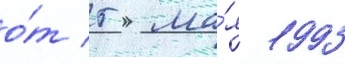
о́т 5 ма́я 1993